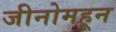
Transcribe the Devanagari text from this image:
जीनोमहून